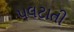
પલટાતી